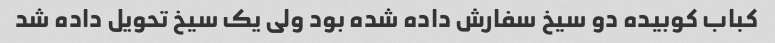
کباب کوبیده دو سیخ سفارش داده شده بود ولی یک سیخ تحویل داده شد